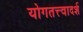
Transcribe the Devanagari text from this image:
योगतत्त्वादर्श